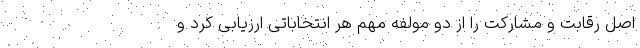
اصل رقابت و مشارکت را از دو مولفه مهم‌ هر انتخاباتی ارزیابی کرد و